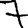
Digit: 7